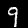
Digit: 9